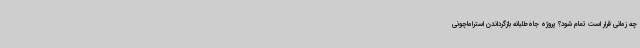
چه زمانی قرار است تمام شود؟ پروژه جاه‌طلبانه بازگرداندن استراماچونی